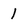
Character: 1